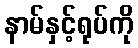
နာမ်နှင့်ရုပ်ကို